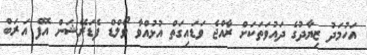
އަހުމަދު ޒިޔާދުގެ ދައުވަތަކަށް ރާއްޖެ ވަޑައިގަތް އުޅުއްވާ ވޯލްޑް ފެޑަރޭޝަން އޮފް އަރަބް